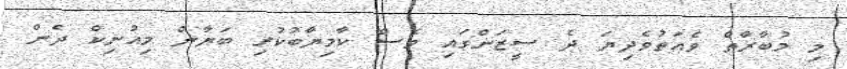
މި މުބާރާތް ވެއަތުވެދިޔަ ދެ ސީޒަންގައި ވެސް ކާމިޔާބުކުރި ބަޔާން މިއުނިކް ދެން